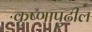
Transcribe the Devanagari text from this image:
कृष्णापुढील